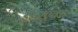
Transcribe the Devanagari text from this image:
इंटरएक्ट